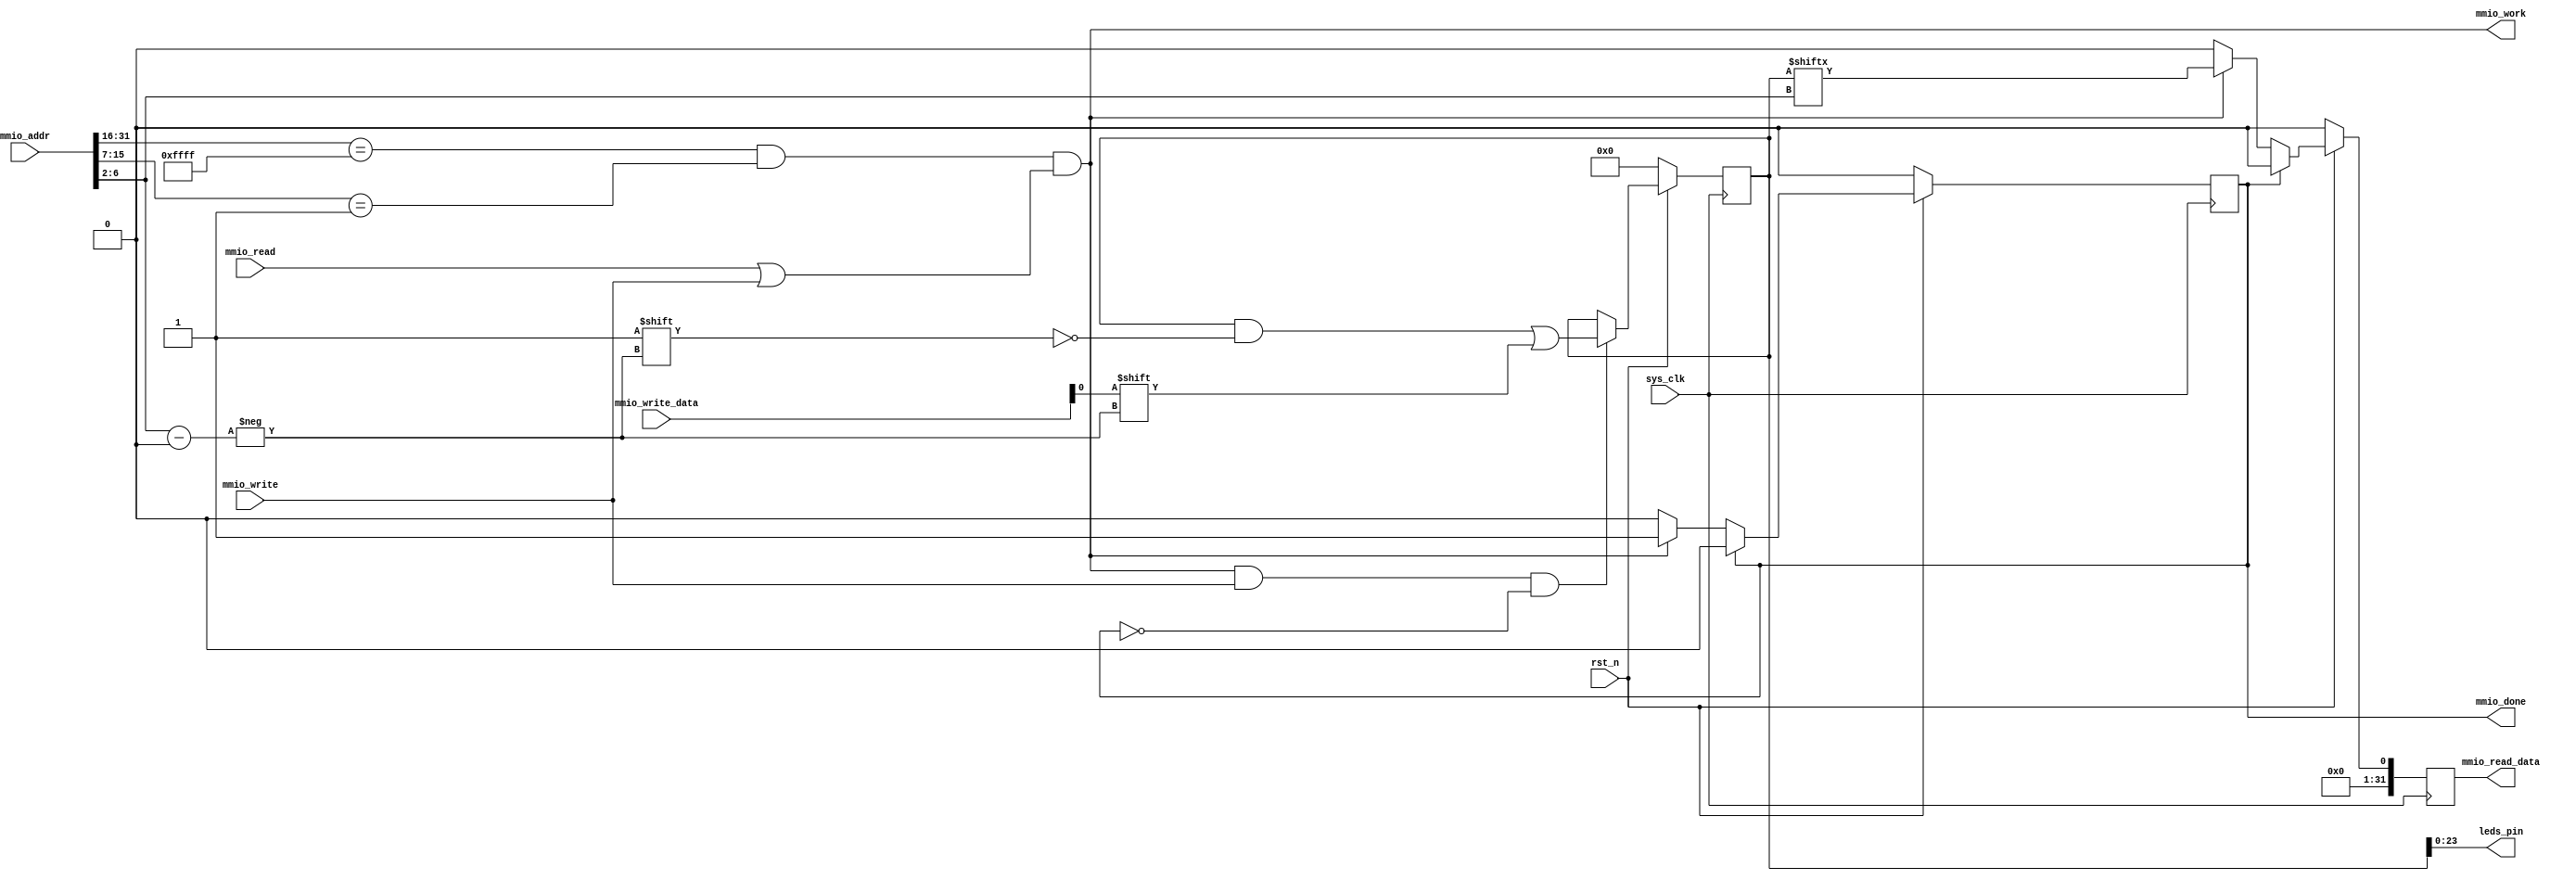
`timescale 1ns / 1ps
module mmio_leds(
    input sys_clk,
    input rst_n,
    
    input mmio_read,
    input mmio_write,
    input [31:0] mmio_addr,
    input [31:0] mmio_write_data,

    output mmio_work,
    output reg mmio_done,
    output reg [31:0] mmio_read_data,

    // IO Pins
    output [23:0] leds_pin 
);
    // 24 switches
    // Address: 0xFFFF0080 - 0xFFFF00FF, 32 words, 128 bytes, last 7 bits, last 2 bits ignored
    //          0b1_0000000
    wire [4:0] _addr = mmio_addr[6:2];
    assign mmio_work = mmio_addr[31:16] == 16'HFFFF && mmio_addr[15:7] == 9'b00000000_1 && (mmio_read || mmio_write);
    
    reg [31:0] _leds_reg;

    assign leds_pin = _leds_reg[23:0];

    always @(posedge sys_clk) begin
        if (!rst_n) begin
            _leds_reg <= 0;
        end else begin
            _leds_reg <= _leds_reg;
            if (mmio_work && mmio_write && !mmio_done)
                _leds_reg[_addr] <= mmio_write_data[0];
        end
    end
    
    // The first clk: mmio_write==1, done==0
    // the second clk: mmio_write==1, done==1

    always @(posedge sys_clk) begin
        if (!rst_n) begin
            mmio_done <= 0;
            mmio_read_data <= 0;
        end else begin
            if (mmio_done) begin
                mmio_done <= 0;
                mmio_read_data <= 0;
            end else if (mmio_work) begin
                mmio_done <= 1;
                mmio_read_data <= {31'b0, _leds_reg[_addr]};
            end else begin
                mmio_done <= mmio_done;
                mmio_read_data <= 0;
            end
        end
    end

endmodule